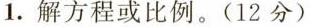
1.解方程或比例。(12分)